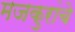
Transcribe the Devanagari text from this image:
मजकुरांचे